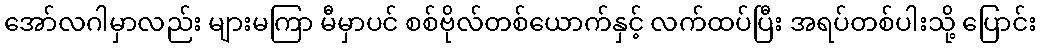
အော်လဂါမှာလည်း များမကြာ မီမှာပင် စစ်ဗိုလ်တစ်ယောက်နှင့် လက်ထပ်ပြီး အရပ်တစ်ပါးသို့ ပြောင်း